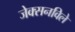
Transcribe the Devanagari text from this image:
जेक्सनविले